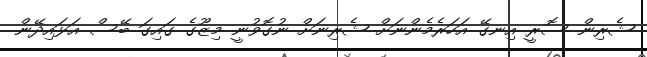
ޝެރިން ސޮރީ އިނގޭ އަހަރެމެންނަށް ޝެރިނަށް ނުގޮވުނީ މިޒޫގެ ގައިގަ ބޭސް އަޅައިދޭން